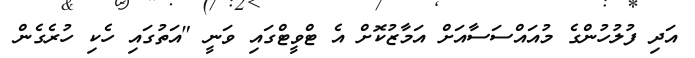
އަދި ފުލުހުންގެ މުއައްސަސާއަށް އަމާޒުކޮށް އެ ޓްވީޓްގައި ވަނީ "އަތުގައި ހެކި ހުރެގެން